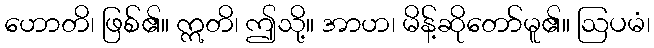
ဟောတိ၊ ဖြစ်၏။ ဣတိ၊ ဤသို့။ အာဟ၊ မိန့်ဆိုတော်မူ၏။ ဩပမံ၊